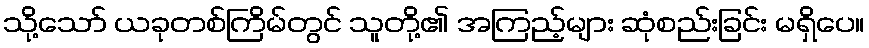
သို့သော် ယခုတစ်ကြိမ်တွင် သူတို့၏ အကြည့်များ ဆုံစည်းခြင်း မရှိပေ။